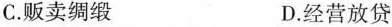
C.贩卖绸缎 D.经营放贷